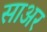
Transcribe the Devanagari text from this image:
साअर